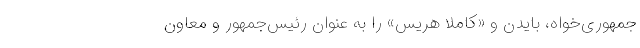
جمهوری‌خواه، بایدن و «کاملا هریس» را به عنوان رئیس‌جمهور و معاون